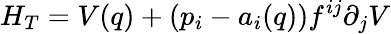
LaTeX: H_{T}=V(q)+\left(p_{i}-a_{i}(q)\right)f^{ij}\partial_{j}V